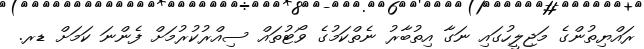
ރައްޔިތުންގެ މަޖިލީހުގައި ނަގާ އިތުބާރު ނެތްކަމުގެ ވޯޓުތައް ސިއްރުކުރުމަށް ފެންނަ ކަމަށް ޑރ.